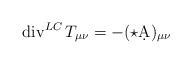
LaTeX: \begin{align*} \operatorname{div}^{LC} T_{\mu\nu} = -(\star \d A)_{\mu\nu}\end{align*}